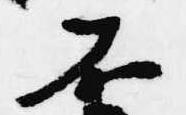
不